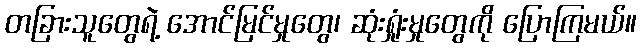
တခြားသူတွေရဲ့ အောင်မြင်မှုတွေ၊ ဆုံးရှုံးမှုတွေကို ပြောကြမယ်။